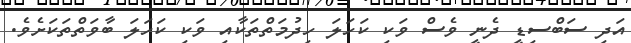
އަދި ސަބްސިޑީ ދެނީ ވެސް ވަކި ކަހަލަ ހިދުމަތްތަކާއި ވަކި ކަހަލަ ބާވަތްތަކަށެވެ.